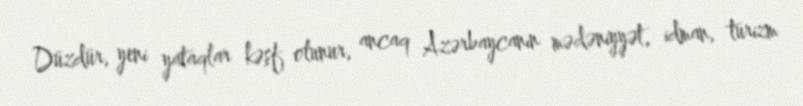
Düzdür, yeni yataqlar kəşf olunur, ancaq Azərbaycanın mədəniyyət, idman, turizm